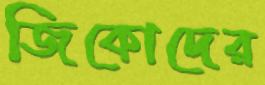
জিকোদের